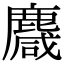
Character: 麙